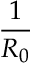
\frac { 1 } { R _ { 0 } }